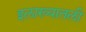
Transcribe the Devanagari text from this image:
इलाख्यातली